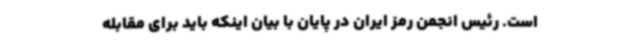
است. رئیس انجمن رمز ایران در پایان با بیان اینکه باید برای مقابله